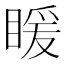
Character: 䁔